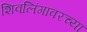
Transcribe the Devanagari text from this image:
शिवलिंगावरच्या